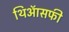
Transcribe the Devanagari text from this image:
थिऑसफी